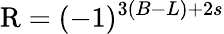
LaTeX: \mathrm{R}=(-1)^{3(B-L)+2s}